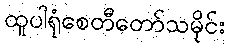
ထူပါရုံစေတီတော်သမိုင်း